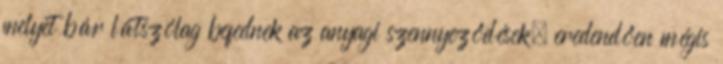
melyet bár látszólag befednek az anyagi szennyeződések, eredendően mégis